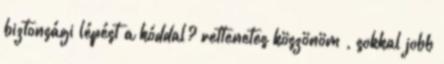
biztonsági lépést a kóddal? rettenetes köszönöm , sokkal jobb